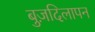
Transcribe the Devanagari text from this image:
बुज़दिलापन